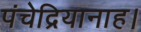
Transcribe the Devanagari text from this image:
पंचेद्रियानाह।